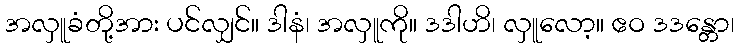
အလှူခံတို့အား ပင်လျှင်။ ဒါနံ၊ အလှူကို။ ဒဒါဟိ၊ လှူလော့။ ဧဝ ဒဒန္တော၊